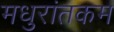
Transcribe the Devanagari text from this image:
मधुरांतकम